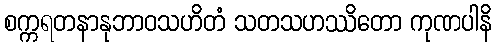
စက္ကရတနာနုဘာဝသဟိတံ သတသဟဿိတော ကုဏပါနိ